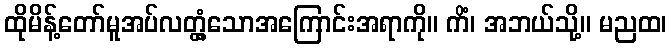
ထိုမိန့်တော်မူအပ်လတ္တံ့သောအကြောင်းအရာကို။ ကိံ၊ အဘယ်သို့။ မညထ၊